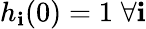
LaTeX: h_{\mathbf{i}}(0)=1\; \forall\mathbf{i}